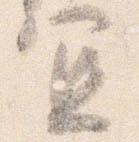
宜